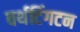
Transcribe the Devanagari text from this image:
वर्थटिंगटन